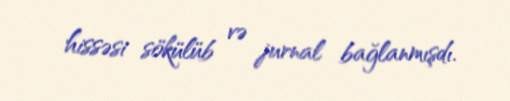
hissəsi sökülüb və jurnal bağlanmışdı.